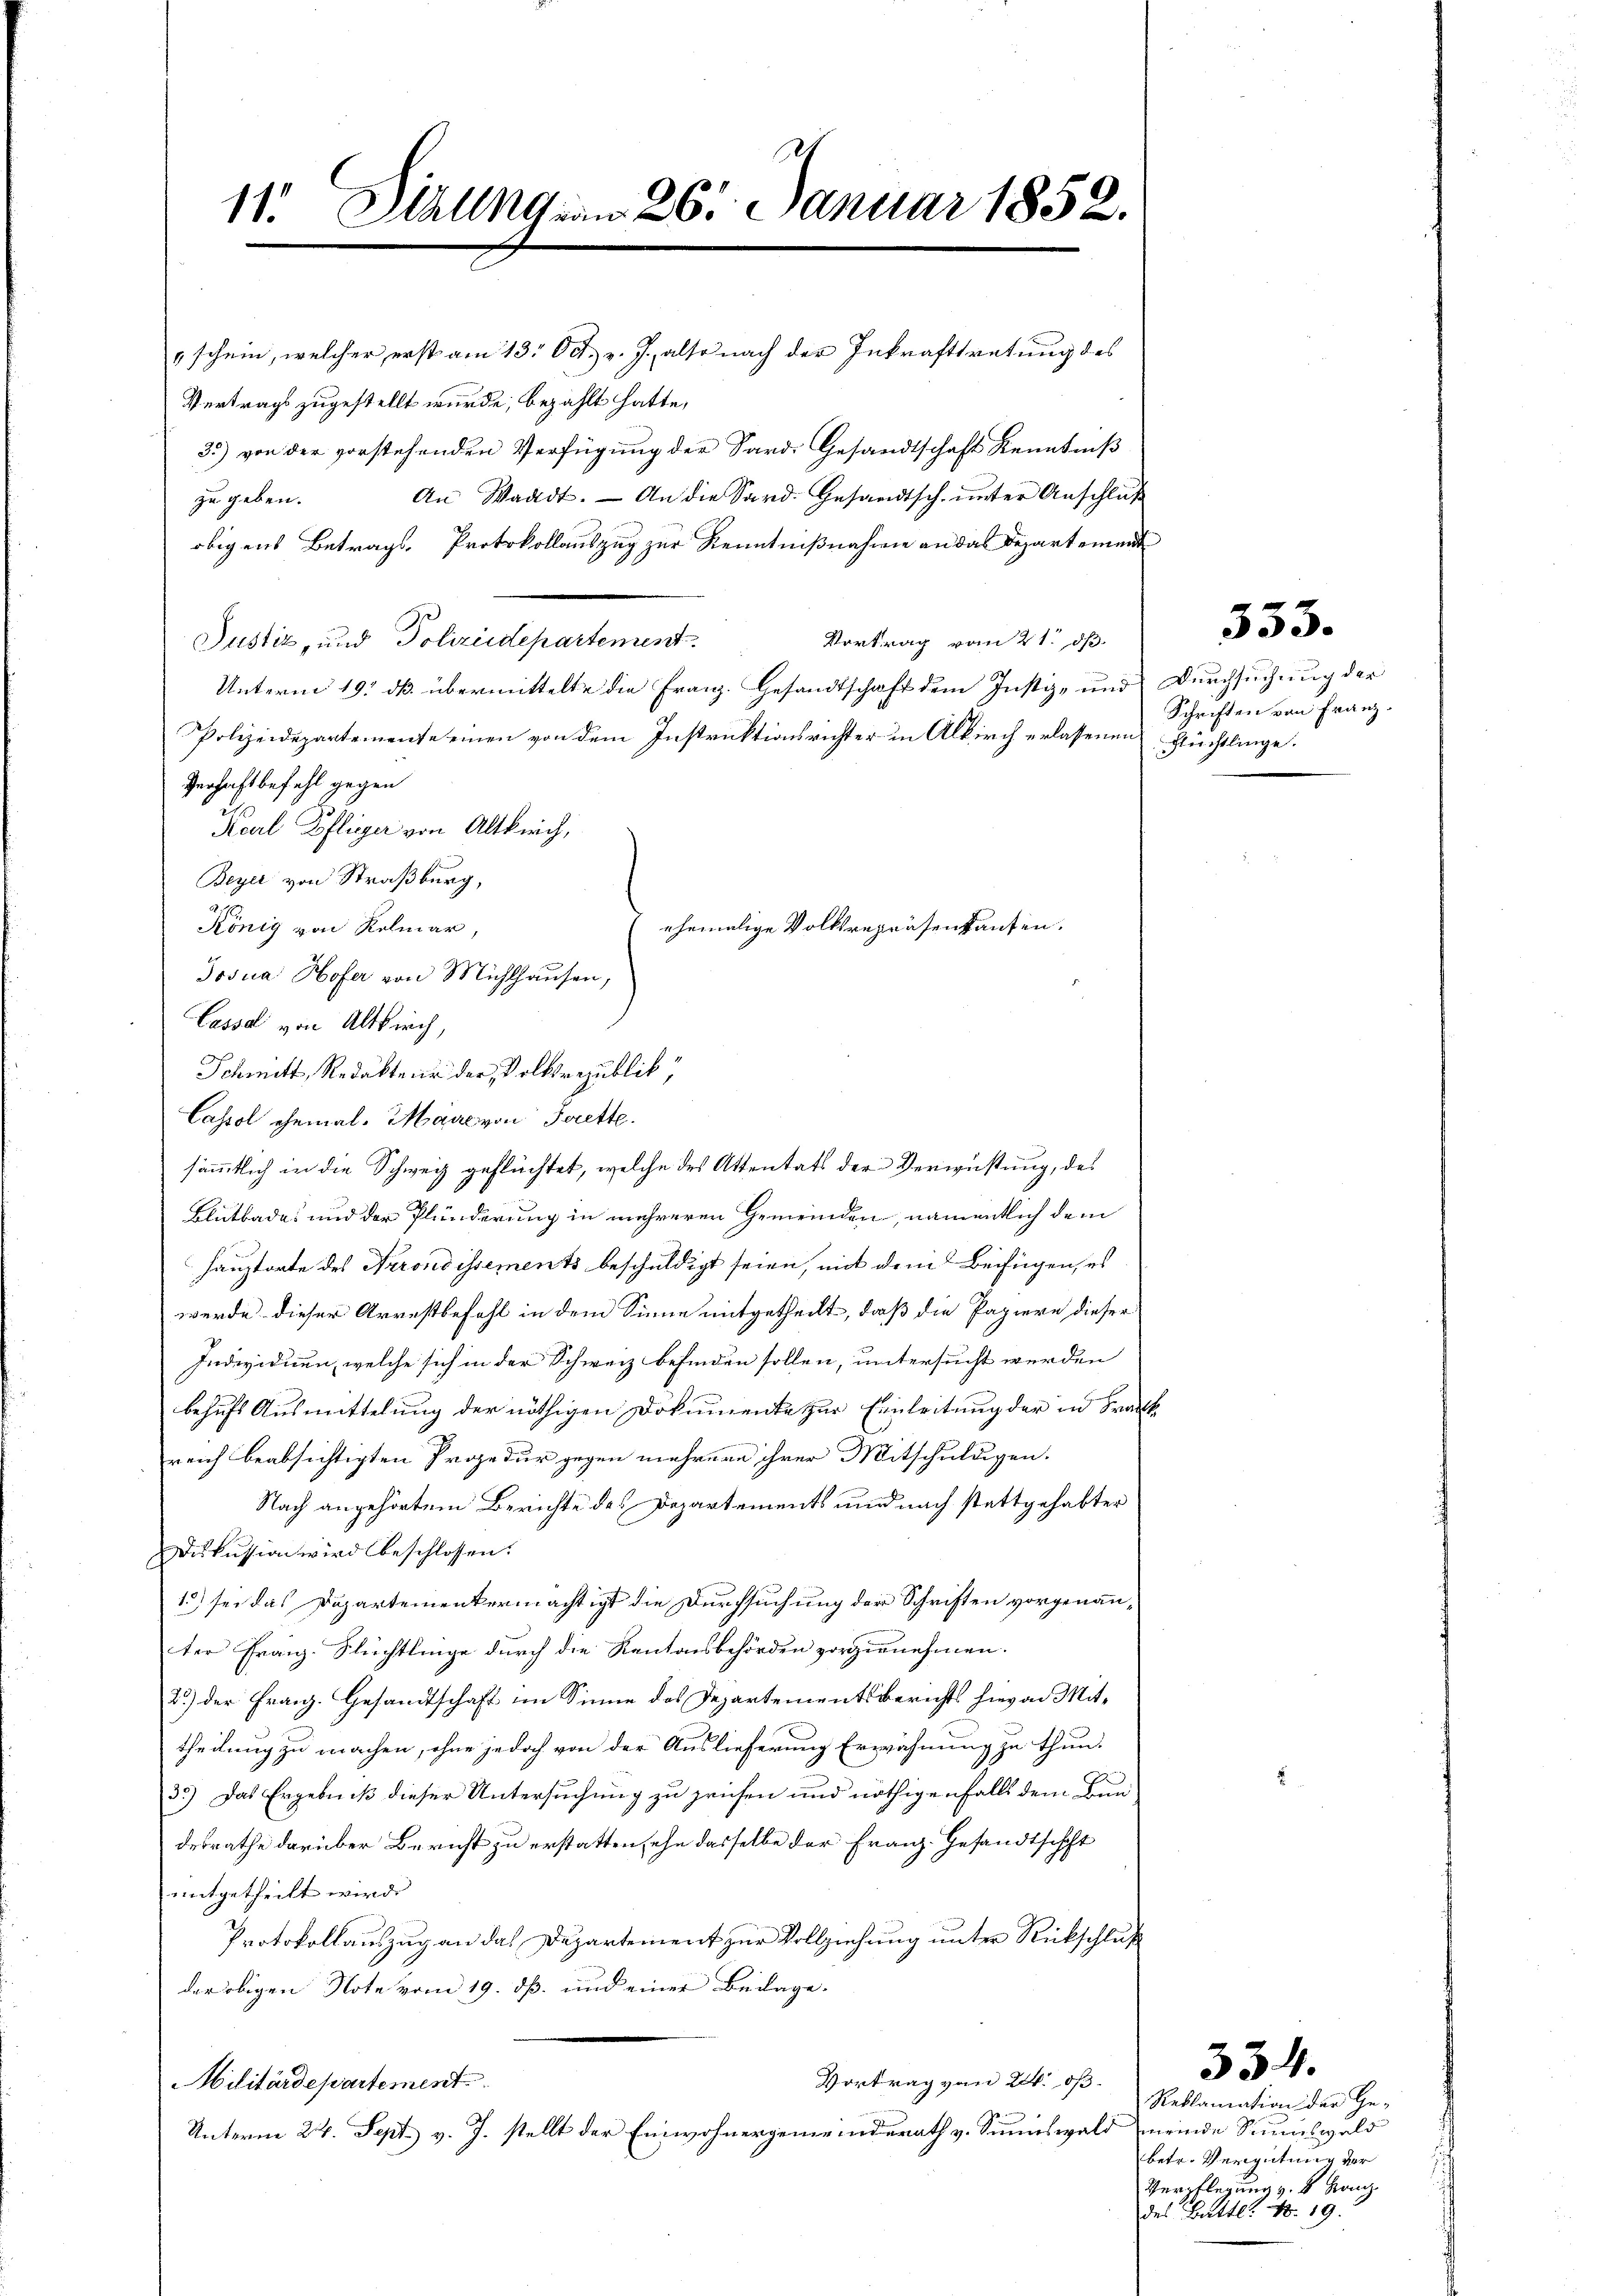
2
11. Diellen 26. Januar 1852.

" schein, welcher erst am 13. Oct. v. J. also nach der Inkrafttretung des
Vertrags zugestellt wurde, bezahlt hatte,
35) von der vorstehenden Verfügung der Sardi Gesandtschaft Kenntniß
An Waadt. — An die Sard. Gesandtsch. unter Anschluß
zu geben.
obigens Betrags-Protokollauszug zur Kenntnißnahme an das Departement
Justiz, und Polizeidepartement
Vortrag vom 21. dß
Unterm 19. ds. übermittelte die Franz. Gesandtschaft dem Justiz- und Durchsuchung der
Polizeidepartemente einen von dem Instruktionsrichter in Alkirch erlassenen Flüchtlinge.
Verhaftbefehl gegen
Karl Poflieger von Altkirch,
Beyer von Straßburg,
E
ehemalige Volksrepräsenkaufen.
König von Rolmar,
Josua Hofer von Michlhausen,
Casse von Altkirch,
Schmitt, Redakteur der Volksrepublik,
Cassel ehemal. Maire von Jerette.
sämmtlich in die Schweiz geflüchtet, welche des Attentats der Verwüstung, das
Blutbade und der Plünderung in mehreren Gemeinden, namentlich dem
Hauptorte des Arrondissements beschuldigt seien, mit dem Beifügen, es
werde dieser Arrestbefehl in dem Sinne mitgetheilt, daß die Papiere dieser
Individuen, welche sich in der Schweiz befinden sollen, untersucht werden
behufs Ausmittelung der nöthigen Dokumente zur Einleitung der in Frank
reich beabsichtigten Prozedur gegen mehrern ihrer Mitschuldigen.
Nach angehörtem Berichte des Departements und nach stattgehabter
Diskussion wird beschlossen:
1.) sei das Dopartementermachtigt die Durchsuchung der Schriften vorgenannter Franz-Flüchtlinge durch die Kantonsbehörden vorgernehmen.
2.) der Franz. Gesandtschaft im Sinne des Departementsberichts hievon Mittheilung zu machen, ohne jedoch von der Auslieferung Erwähnung zu thun.
33.) Das Ergebniß dieser Untersuchung zu zeihen und nöthigenfalls dem Bun
desrathe darüber Bericht zu erstatten sehe dasselbe der Franz. Gesandtschaft
mitgetheilt wird.
Protokollauszug an das Departement zur Vollziehung unter Rückschluß
der obigen Note vom 19. dß. und einer Bedage
Vortrag von 24. ds.
Militärdepartement
p
Unterm 24. Sept. v. J. stellt der Einwohnergemeinderath v. Sinnswald meinde Summiswald

Schriften von Franz.

3.9.

Reklamation der Ge-
betr. Vergütung vor
Verpflegung v. 4. Kanz.
des Butter No. 19

334.